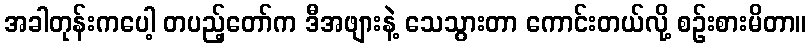
အခါတုန်းကပေါ့ တပည့်တော်က ဒီအဖျားနဲ့ သေသွားတာ ကောင်းတယ်လို့ စဉ်းစားမိတာ။